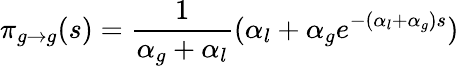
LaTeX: \pi_{g\to g}(s)=\frac{1}{\alpha_{g}+\alpha_{l}}(\alpha_{l}+\alpha_{g}e^{-(\alpha_{l}+\alpha_{g})s})